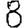
Digit: 8